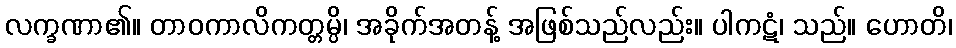
လက္ခဏာ၏။ တာဝကာလိကတ္တမ္ပိ၊ အခိုက်အတန့် အဖြစ်သည်လည်း။ ပါကဋံ၊ သည်။ ဟောတိ၊